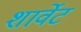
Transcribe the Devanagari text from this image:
शार्वेट